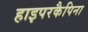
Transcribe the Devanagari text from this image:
हाइपरकैपिना